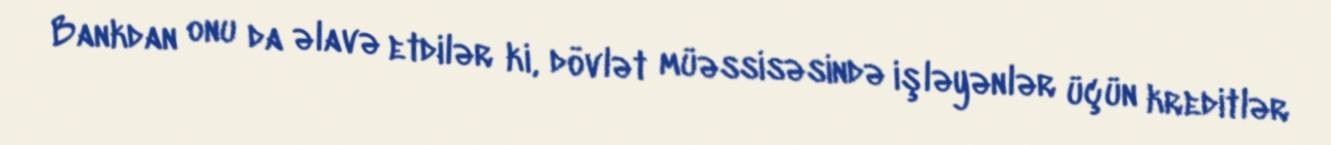
Bankdan onu da əlavə etdilər ki, dövlət müəssisəsində işləyənlər üçün kreditlər